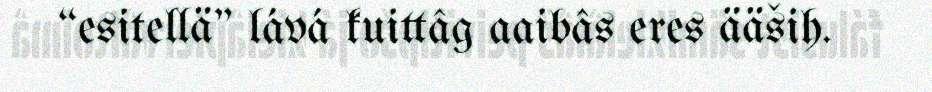
“esitellä" lává kuittâg aaibâs eres ääših.